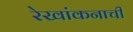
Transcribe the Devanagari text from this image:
रेखांकनाची